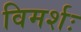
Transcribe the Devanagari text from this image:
विमर्शः